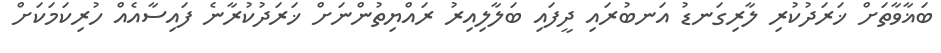
ބަޣާވާތަށް ޚަރަދުކުރި ލާރިގަނޑު އަނބުރައި ދީފައި ބަލާލިއިރު ރައްޔިތުންނަށް ޚަރަދުކުރާނެ ފައިސާއެއް ހުރިކަމަކަށް